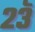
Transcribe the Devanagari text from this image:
२३ॅ